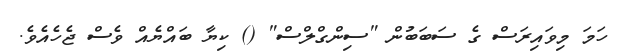
ހަމަ މިވައިރަސް ގެ ސަބަބުން "ސިންގްލްސް" () ކިޔާ ބައްޔެއް ވެސް ޖެހެއެވެ.